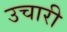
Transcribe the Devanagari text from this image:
उचारी